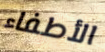
الأطفاء